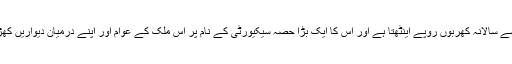
وہ طبقہ جواِس ملک کے عوام سے سالانہ کھربوں روپے اینٹھتا ہے اور اُس کا ایک بڑا حصہ سیکیورٹی کے نام پر اِس ملک کے عوام اور اپنے درمیان دیواریں کھڑی کرنے میں صرف کرتا ہے۔